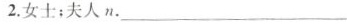
2.女士；夫人n.___